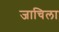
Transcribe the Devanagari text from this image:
जाचिला